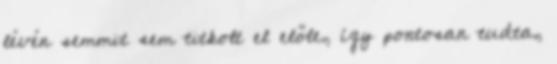
lévén semmit sem titkolt el előle, így pontosan tudta,